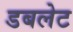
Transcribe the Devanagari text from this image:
डबलेट